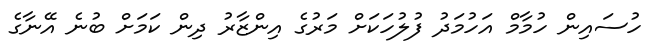
ހުސައިން ހުމާމް އަހުމަދު ފުލުހަކަށް މަރުގެ އިންޒާރު ދިން ކަމަށް ބުނެ އޭނާގެ